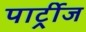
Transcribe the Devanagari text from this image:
पार्ट्रीज